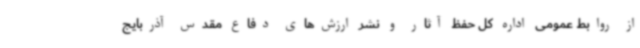
از روابط عمومی اداره کل حفظ آثار و نشر ارزش‌های دفاع مقدس آذربایج